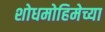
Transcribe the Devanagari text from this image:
शोधमोहिमेच्या